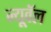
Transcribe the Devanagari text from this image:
न्यूवॅल